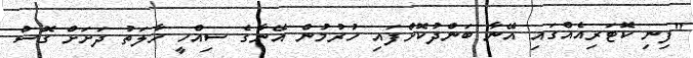
"ފިނި ކޮޓަރިއެއްގައި އޭނާ ބަންދުކޮށްފައި ހުރުމުން އޭނާގެ ސިއްހީ ހާލަތު ދަށަށް ގޮސް